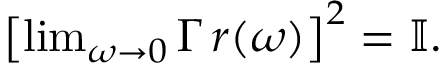
\begin{array} { r } { \left[ \operatorname* { l i m } _ { \omega \rightarrow 0 } \Gamma \, r ( \omega ) \right] ^ { 2 } = \mathbb { I } . } \end{array}